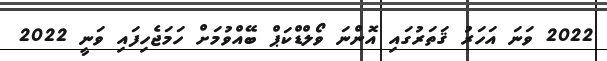
2022 ވަނަ އަހަރު ޤަތަރުގައި އޮންނަ ވޯލްޑްކަޕް ބޭއްވުމަށް ހަމަޖެހިފައި ވަނީ 2022